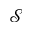
\mathcal { S }